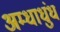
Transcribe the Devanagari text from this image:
अम्धाधुंध